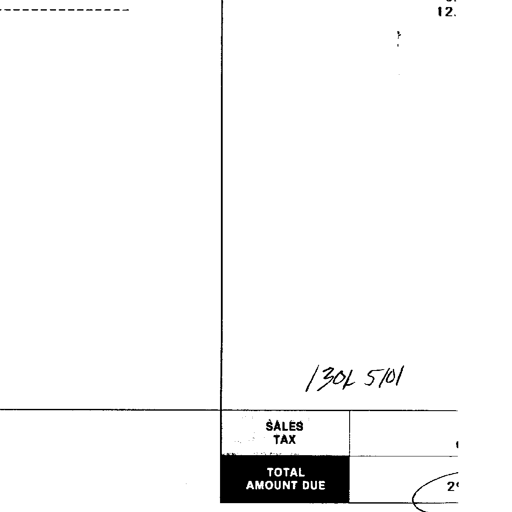
12.
130L 5/01
SALES TAX
TOTAL AMOUNT DUE 2'